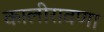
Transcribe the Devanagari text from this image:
कालीरावणा